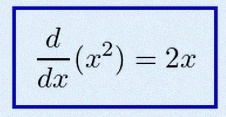
\frac{d}{dx}(x^2)=2x